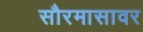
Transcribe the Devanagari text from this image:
सौरमासावर